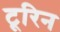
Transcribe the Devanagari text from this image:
टूरिन